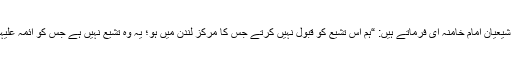
رہبر انقلاب اسلامی اور مرجع تقلید شیعیان امام خامنہ ای فرماتے ہیں: “ہم اس تشیّع کو قبول نہیں کرتے جس کا مرکز لندن میں ہو؛ یہ وہ تشیّع نہیں ہے جس کو ائمہ علیہم السلام نے رائج کیا اور اسے چاہا۔